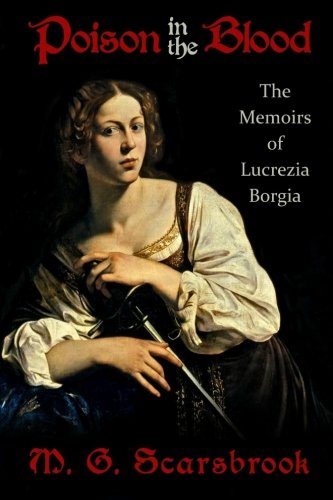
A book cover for Poison In The Blood: The Memoirs of Lucrezia Borgia; M. G. Scarsbrook; Teen & Young Adult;